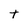
Character: t